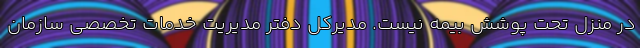
در منزل تحت پوشش بیمه نیست. مدیرکل دفتر مدیریت خدمات تخصصی سازمان